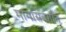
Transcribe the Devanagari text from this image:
मागासवर्गात